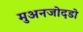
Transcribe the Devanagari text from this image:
मुअनजोदडो